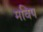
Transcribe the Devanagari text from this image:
मविप